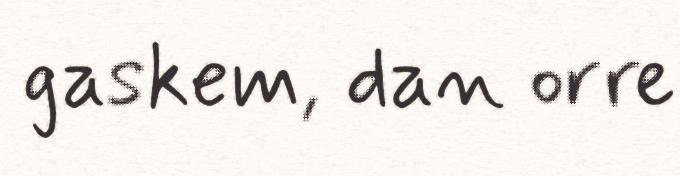
gaskem, dan orre